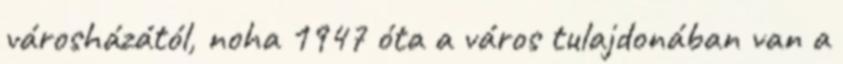
városházától, noha 1947 óta a város tulajdonában van a